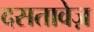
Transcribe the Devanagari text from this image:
दसतावेज़